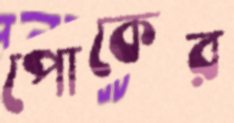
পোকের